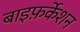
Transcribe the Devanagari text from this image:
बाइफ़र्केशन